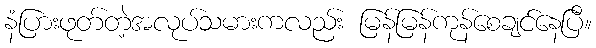
နံပြားဖုတ်တဲ့အလုပ်သမားကလည်း မြန်မြန်ကုန်စေချင်နေပြီ။